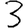
Digit: 3